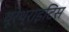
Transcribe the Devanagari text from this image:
यूरेथ्राइटिस